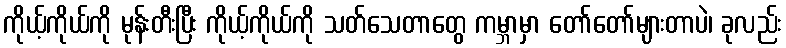
ကိုယ့်ကိုယ်ကို မုန်းတီးပြီး ကိုယ့်ကိုယ်ကို သတ်သေတာတွေ ကမ္ဘာမှာ တော်တော်များတာပဲ၊ ခုလည်း